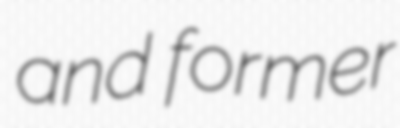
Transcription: and former